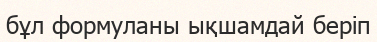
бұл формуланы ықшамдай беріп